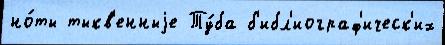
но́ты тыкв'енныjе Ту́ба б'ибл'иограф'ическ'их